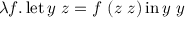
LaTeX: \lambda f . \operatorname { l e t } y \ z = f \ ( z \ z ) \operatorname { i n } y \ y